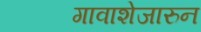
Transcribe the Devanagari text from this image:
गावाशेजारुन